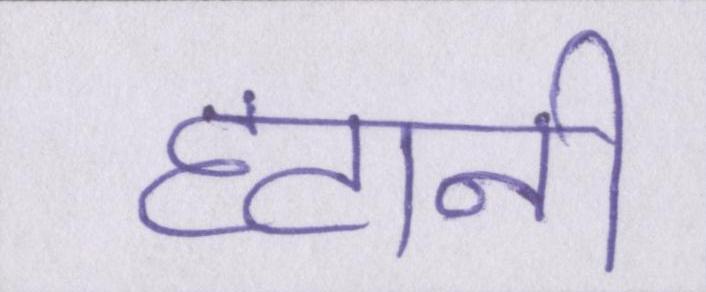
हटानी